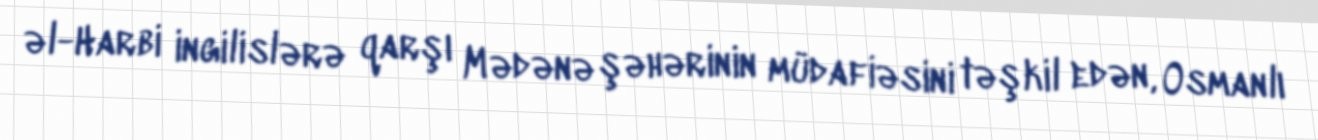
əl-Harbi ingilislərə qarşı Mədənə şəhərinin müdafiəsini təşkil edən, Osmanlı